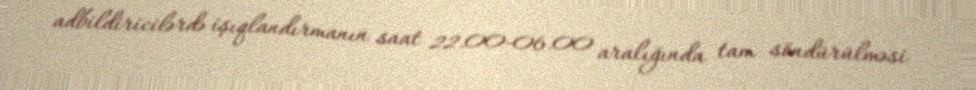
adbildiricilərdə işıqlandırmanın saat 22.00-06.00 aralığında tam söndürülməsi